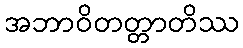
အဘာဝိတတ္တာတိဿ